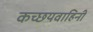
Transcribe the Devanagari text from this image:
कच्छयवाहिनी